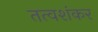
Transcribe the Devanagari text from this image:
तत्वशंकर